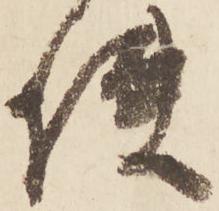
使